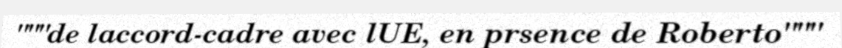
"""de laccord-cadre avec lUE, en prsence de Roberto"""